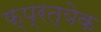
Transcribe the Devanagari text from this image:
फ्प्रत्येक